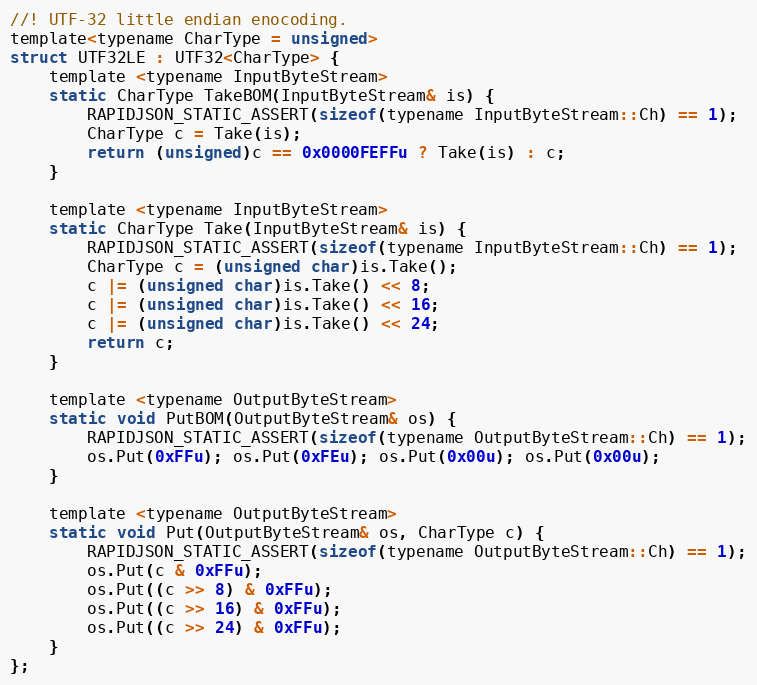
Language: C
//! UTF-32 little endian enocoding.
template<typename CharType = unsigned>
struct UTF32LE : UTF32<CharType> {
    template <typename InputByteStream>
    static CharType TakeBOM(InputByteStream& is) {
        RAPIDJSON_STATIC_ASSERT(sizeof(typename InputByteStream::Ch) == 1);
        CharType c = Take(is);
        return (unsigned)c == 0x0000FEFFu ? Take(is) : c;
    }

    template <typename InputByteStream>
    static CharType Take(InputByteStream& is) {
        RAPIDJSON_STATIC_ASSERT(sizeof(typename InputByteStream::Ch) == 1);
        CharType c = (unsigned char)is.Take();
        c |= (unsigned char)is.Take() << 8;
        c |= (unsigned char)is.Take() << 16;
        c |= (unsigned char)is.Take() << 24;
        return c;
    }

    template <typename OutputByteStream>
    static void PutBOM(OutputByteStream& os) {
        RAPIDJSON_STATIC_ASSERT(sizeof(typename OutputByteStream::Ch) == 1);
        os.Put(0xFFu); os.Put(0xFEu); os.Put(0x00u); os.Put(0x00u);
    }

    template <typename OutputByteStream>
    static void Put(OutputByteStream& os, CharType c) {
        RAPIDJSON_STATIC_ASSERT(sizeof(typename OutputByteStream::Ch) == 1);
        os.Put(c & 0xFFu);
        os.Put((c >> 8) & 0xFFu);
        os.Put((c >> 16) & 0xFFu);
        os.Put((c >> 24) & 0xFFu);
    }
};